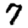
Digit: 7